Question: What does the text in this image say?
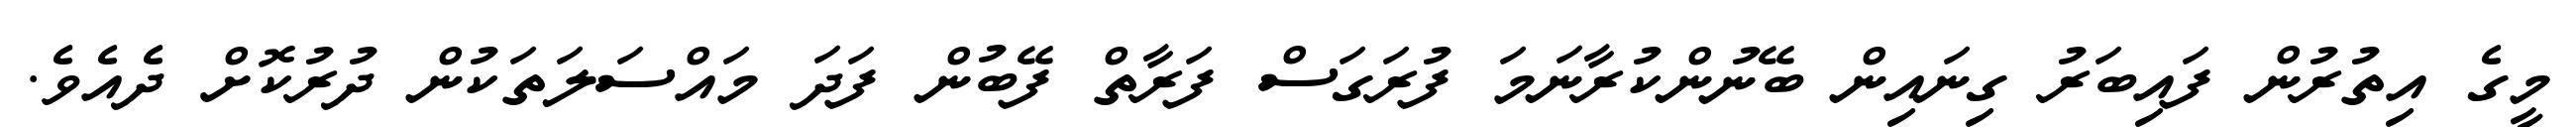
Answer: މީގެ އިތުރުން ފައިބަރު ގިނައިން ބޭނުންކުރާނަމަ ފުރަގަސް ފަރާތް ފޭބުން ފަދަ މައްސަލަތަކުން ދުރުކޮށް ދެއެވެ.